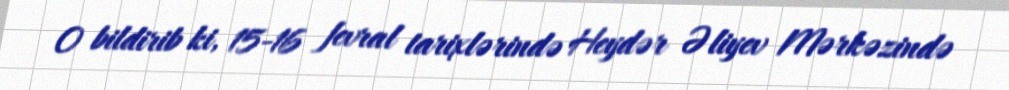
O bildirib ki, 15-16 fevral tarixlərində Heydər Əliyev Mərkəzində